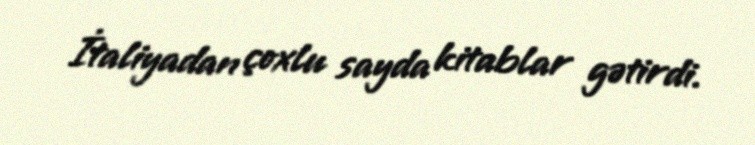
İtaliyadan çoxlu sayda kitablar gətirdi.